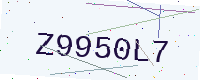
Text: Z9950L7